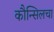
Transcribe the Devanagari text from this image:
कौन्सिलचा